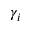
\gamma _ { i }